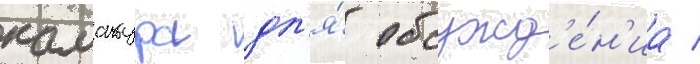
камакура дл'я́ обсужд'е́н'иа /